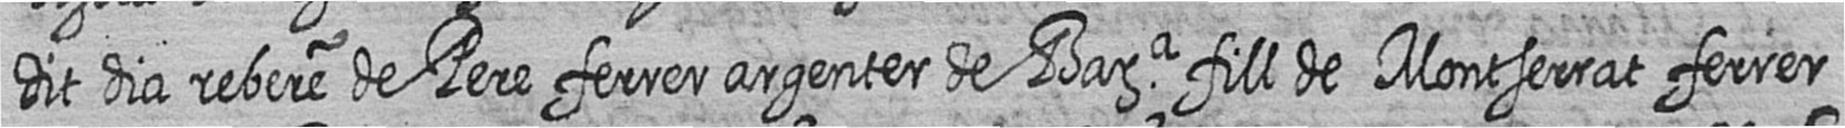
dit dia rebere de Pere ferrer argenter de Bara fill de Montserrat ferrer